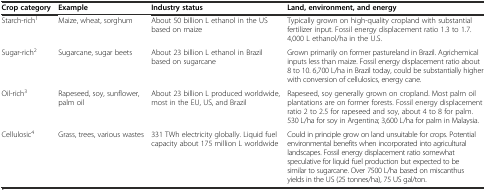
<table><thead><tr><td><b>Crop category</b></td><td><b>Example</b></td><td><b>Industry status</b></td><td><b>Land, environment, and energy</b></td></tr></thead><tbody><tr><td>Starch-rich<sup>1</sup></td><td>Maize, wheat, sorghum</td><td>About 50 billion L ethanol in the US based on maize</td><td>Typically grown on high-quality cropland with substantial fertilizer input. Fossil energy displacement ratio 1.3 to 1.7. 4,000 L ethanol/ha in the U.S.</td></tr><tr><td>Sugar-rich<sup>2</sup></td><td>Sugarcane, sugar beets</td><td>About 23 billion L ethanol in Brazil based on sugarcane</td><td>Grown primarily on former pastureland in Brazil. Agrichemical inputs less than maize. Fossil energy displacement ratio about 8 to 10. 6,700 L/ha in Brazil today, could be substantially higher with conversion of cellulosics, energy cane.</td></tr><tr><td>Oil-rich<sup>3</sup></td><td>Rapeseed, soy, sunflower, palm oil</td><td>About 23 billion L produced worldwide, most in the EU, US, and Brazil</td><td>Rapeseed, soy generally grown on cropland. Most palm oil plantations are on former forests. Fossil energy displacement ratio 2 to 2.5 for rapeseed and soy, about 4 to 8 for palm. 530 L/ha for soy in Argentina; 3,600 L/ha for palm in Malaysia.</td></tr><tr><td>Cellulosic<sup>4</sup></td><td>Grass, trees, various wastes</td><td>331 TWh electricity globally. Liquid fuel capacity about 175 million L worldwide</td><td>Could in principle grow on land unsuitable for crops. Potential environmental benefits when incorporated into agricultural landscapes. Fossil energy displacement ratio somewhat speculative for liquid fuel production but expected to be similar to sugarcane. Over 7500 L/ha based on miscanthus yields in the US (25 tonnes/ha), 75 US gal/ton.</td></tr></tbody></table>